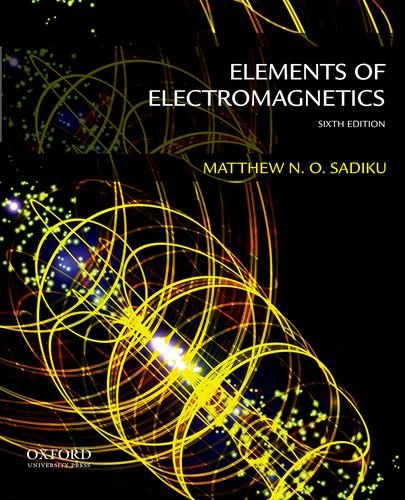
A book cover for Elements of Electromagnetics (The Oxford Series in Electrical and Computer Engineering); Matthew Sadiku; Science & Math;